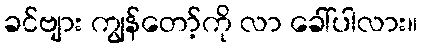
ခင်ဗျား ကျွန်တော့်ကို လာ ခေါ်ပါလား။